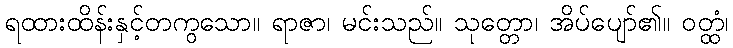
ရထားထိန်းနှင့်တကွသော။ ရာဇာ၊ မင်းသည်။ သုတ္တော၊ အိပ်ပျော်၏။ ဝတ္ထံ၊